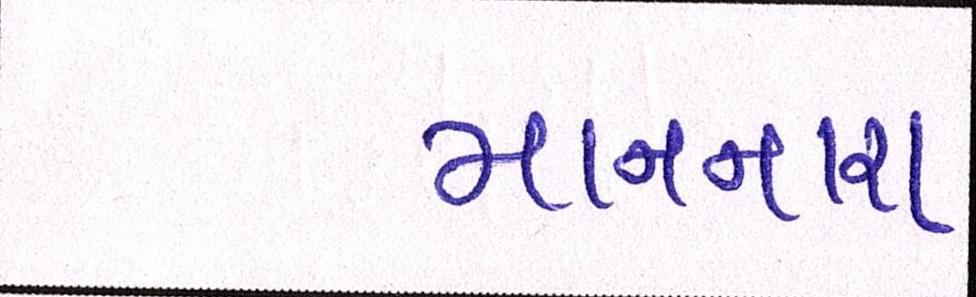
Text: માનનારા